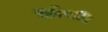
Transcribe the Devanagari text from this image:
झाँखी